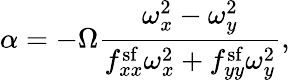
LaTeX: \alpha=-\Omega\frac{\omega_{x}^{2}-\omega_{y}^{2}}{f_{xx}^{\mathrm{sf}}\omega_{x}^{2}+f_{yy}^{\mathrm{sf}}\omega_{y}^{2}},